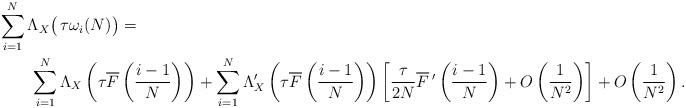
LaTeX: \begin{align*}&\sum_{i=1}^N \Lambda_X\big(\,\tau \omega_i(N)\big)=\\&\qquad\sum_{i=1}^N \Lambda_X\left(\tau \overline F\left(\frac{i-1}{N}\right)\right) +\sum_{i=1}^N \Lambda_X'\left(\tau \overline F\left(\frac{i-1}{N}\right)\right)\left[\frac{\tau}{2N}\overline F\,'\left(\frac{i-1}{N}\right)+O\left(\frac{1}{N^2}\right)\right]+O\left(\frac{1}{N^2}\right).\end{align*}